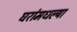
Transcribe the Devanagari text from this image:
घरांमधल्या